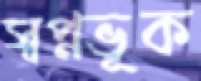
স্বপ্নভূক